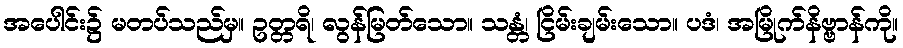
အပေါင်း၌ မတပ်သည်မှ။ ဥတ္တရိ၊ လွန်မြတ်သော။ သန္တံ၊ ငြိမ်းချမ်းသော။ ပဒံ၊ အမြိုက်နိဗ္ဗာန်ကို။